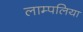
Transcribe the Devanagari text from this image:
लाम्पलिया